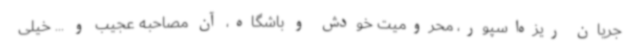
جریان ریزه‌اسپور، محرومیت خودش و باشگاه، آن مصاحبه عجیب و ... خیلی